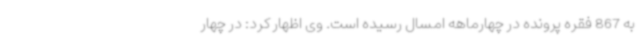
به 867 فقره پرونده در چهارماهه امسال رسیده است. وی اظهار کرد: در چهار